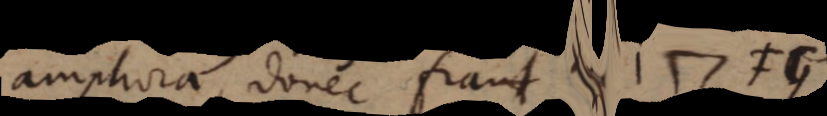
ampliora, donec fiat HI ⊓ FG